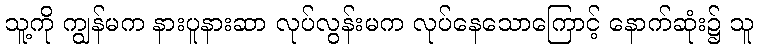
သူ့ကို ကျွန်မက နားပူနားဆာ လုပ်လွန်းမက လုပ်နေသောကြောင့် နောက်ဆုံး၌ သူ